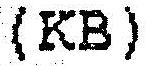
(KB)